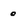
Character: 0